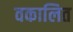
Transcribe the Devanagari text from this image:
वकालित